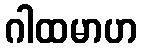
ဂါထမာဟ